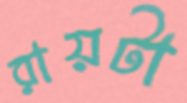
রায়টা